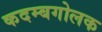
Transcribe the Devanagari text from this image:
कदम्बगोलक